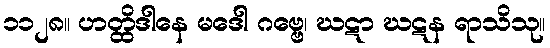
၁၁၂၈။ ဟတ္ထိဒါနေ မဒေါ ဂဗ္ဗေ၊ ဃဋာ ဃဋန ရာသိသု။